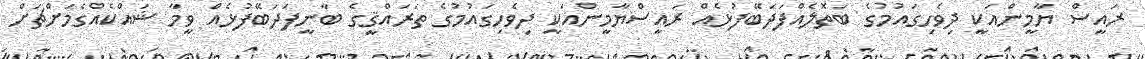
ރައީސް ޔާމީންއަކީ ދިވެހިގައުމުގެ ބަތޮލެއްފަދަބޭފުޅެއް ރައީސްޔާމީންއަކީ ދިވެހިގައުމުގެ ތަަރައްޤީގެ ބާނީފަދަބޭފުޅެއް ވީމާ ޝައްކެއްގެމަށްޗަށް